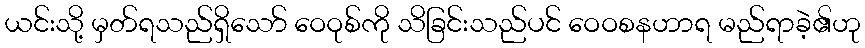
ယင်းသို့ မှတ်ရသည်ရှိသော် ဝေဝုစ်ကို သိခြင်းသည်ပင် ဝေဝစနဟာရ မည်ရာခဲ့၏ဟု